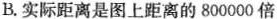
B.实际距离是图上距离的800000倍